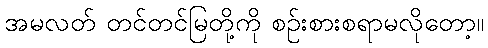
အမလတ် တင်တင်မြတို့ကို စဉ်းစားစရာမလိုတော့။